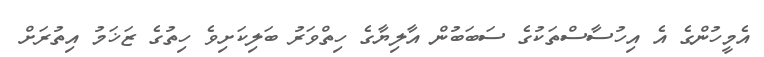
އެމީހުންގެ އެ އިހުސާސްތަކުގެ ސަބަބުން އާލިޔާގެ ހިތްވަރު ބަލިކަށިވެ ހިތުގެ ޒަޚަމު އިތުރަށް